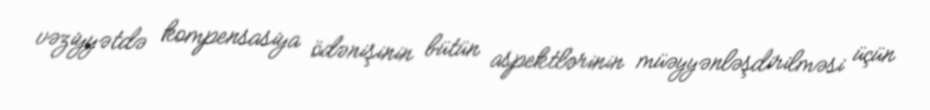
vəziyyətdə kompensasiya ödənişinin bütün aspektlərinin müəyyənləşdirilməsi üçün